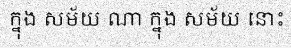
ក្នុង សម័យ ណា ក្នុង សម័យ នោះ